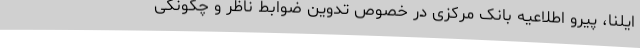
ایلنا، پیرو اطلاعیه بانک مرکزی در خصوص تدوین ضوابط ناظر و چگونگی